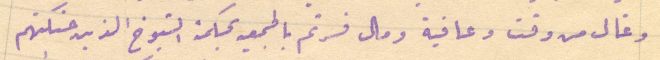
وغال من وقت وعافية ومال فسرتم بالجمعيه بحكمة الشيوخ الذين حنكتهم